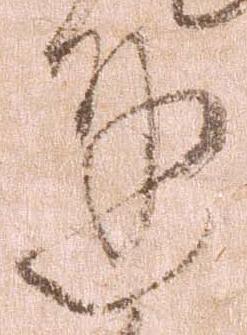
達